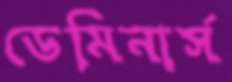
ডেমিনার্স